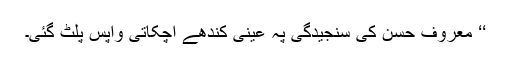
‘‘ معروف حسن کی سنجیدگی پہ عینی کندھے اچکاتی واپس پلٹ گئی۔